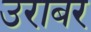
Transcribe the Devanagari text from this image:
उराबर